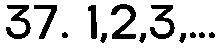
37. 1,2,3,...